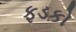
ફડકો